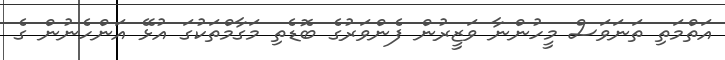
އަތްމަތި ތަނަވަސް މީހުންނާ ވަޒީރުން ފެންވަރުގެ ބޮޑެތި މަގާމްތަކުގަ އުޅޭ އަންހެނުން ގެ